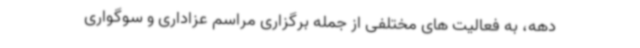
دهه، به فعالیت های مختلفی از جمله برگزاری مراسم عزاداری و سوگواری